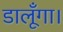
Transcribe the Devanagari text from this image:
डालूँगा।